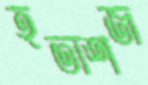
হতাশজ